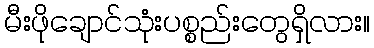
မီးဖိုချောင်သုံးပစ္စည်းတွေရှိလား။